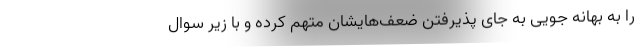
را به بهانه جویی به جای پذیرفتن ضعف‌هایشان متهم کرده و با زیر سوال